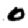
Digit: 0